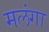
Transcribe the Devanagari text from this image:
मलंगा